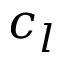
c _ { l }